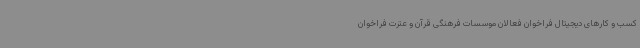
کسب و کارهای دیجیتال فراخوان فعالان موسسات فرهنگی قرآن و عترت فراخوان